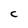
Character: C